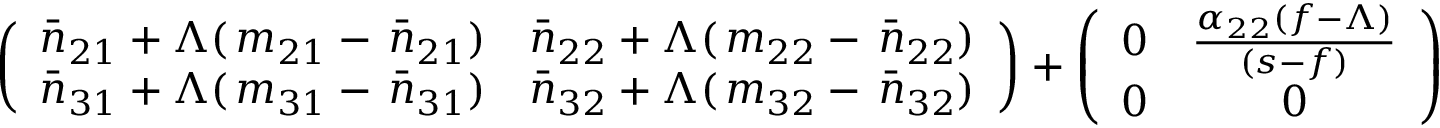
\left( \begin{array} { c c } { \bar { n } _ { 2 1 } + \Lambda ( \, m _ { 2 1 } - \, \bar { n } _ { 2 1 } ) } & { \bar { n } _ { 2 2 } + \Lambda ( \, m _ { 2 2 } - \, \bar { n } _ { 2 2 } ) } \\ { \bar { n } _ { 3 1 } + \Lambda ( \, m _ { 3 1 } - \, \bar { n } _ { 3 1 } ) } & { \bar { n } _ { 3 2 } + \Lambda ( \, m _ { 3 2 } - \, \bar { n } _ { 3 2 } ) } \end{array} \right) + \left( \begin{array} { c c } { 0 } & { \frac { \alpha _ { 2 2 } ( f - \Lambda ) } { ( s - f ) } } \\ { 0 } & { 0 } \end{array} \right)